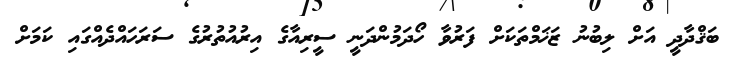
ބަޤްދާދީ އަށް ލިބުނު ޒަޚަމްތަކަށް ފަރުވާ ހޯދަމުންދަނީ ސީރިއާގެ އިރުއުތުރުގެ ސަރަހައްދެއްގައި ކަމަށް